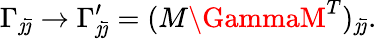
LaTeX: \Gamma_{\mathit{j}\bar{{\jmath}}}\rightarrow\Gamma_{\mathit{j}\bar{{\jmath}}}^{\prime}=(M\GammaM^{T})_{\mathit{j}\bar{{\jmath}}}.